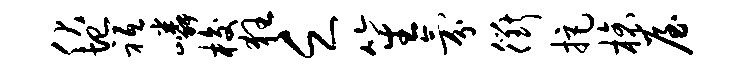
伏圮祗嶙梭狂乏笙氛衢拒榱屋